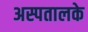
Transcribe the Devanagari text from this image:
अस्पतालके